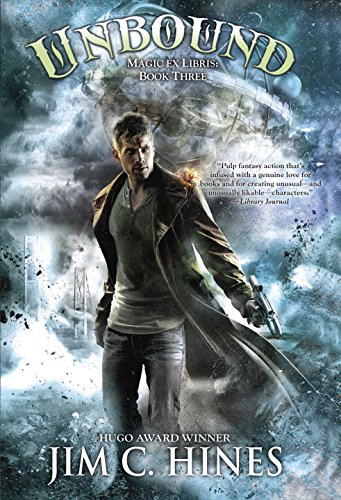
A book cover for Unbound (Magic Ex Libris); Jim C. Hines; Science Fiction & Fantasy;